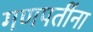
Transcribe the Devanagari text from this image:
गणपतींना